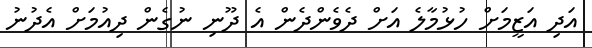
އަދި އަޒީމަށް ހުޅުމާލެ އަށް ދެވެންދެން އެ ދޫނި ނުގެން ދިއުމަށް އެދުނު